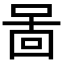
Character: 啚